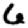
Digit: 6